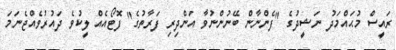
ރައީސް މުޙައްމަދު ނަޝީދުގެ "ފެންނާން ބޭނުންނުވާ އަންދިރި ފަރާތުގެ" ފޮޓޯއެއް ލީކުވެ ދައުރުވެއްޖެނަމަ